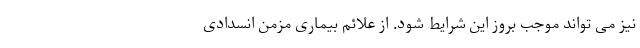
نیز می تواند موجب بروز این شرایط شود. از علائم بیماری مزمن انسدادی